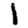
Digit: 1